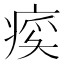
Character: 𬏰